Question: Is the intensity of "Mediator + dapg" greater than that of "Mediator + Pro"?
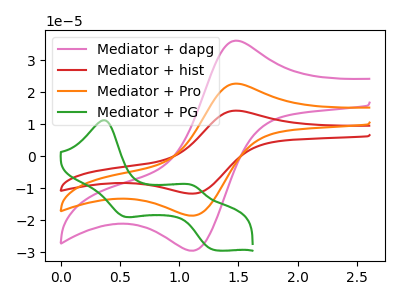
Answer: <think>The pink curve "Mediator + dapg" has an anodic peak at (1.50V, 36.15uA) and a cathodic peak at (1.15V, -29.45uA). The red curve "Mediator + hist" has an anodic peak at (1.50V, 45.45uA) and a cathodic peak at (1.15V, -37.05uA). The orange curve "Mediator + Pro" has an anodic peak at (1.50V, 22.70uA) and a cathodic peak at (1.15V, -18.50uA). The green curve "Mediator + PG" has anodic peaks at (0.35V, 11.30uA) (1.10V, -9.15uA) and cathodic peaks at (0.55V, -18.75uA) (1.30V, -29.25uA).
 All the peaks in "Mediator + dapg" have a peak in "Mediator + Pro" at the same potential. Every peak in "Mediator + dapg" is higher than every peak in "Mediator + Pro".</think>
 <answer>"Mediator + dapg" has more signal than "Mediator + Pro".</answer>
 <eval>more_signal</eval>